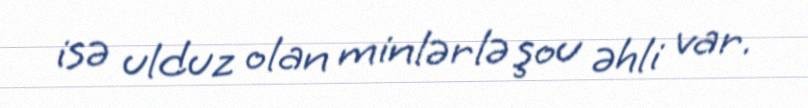
isə ulduz olan minlərlə şou əhli var.